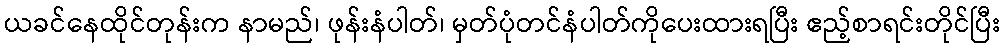
ယခင်နေထိုင်တုန်းက နာမည်၊ ဖုန်းနံပါတ်၊ မှတ်ပုံတင်နံပါတ်ကိုပေးထားရပြီး ဧည့်စာရင်းတိုင်ပြီး